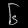
Digit: ၆